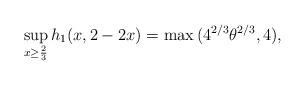
LaTeX: \begin{align*} \sup_{x \geq \frac{2}{3}}{h_1(x,2-2x)}=\max{(4^{2/3}\theta^{2/3},4)},\end{align*}